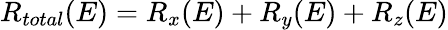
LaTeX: R_{total}(E)=R_{x}(E)+R_{y}(E)+R_{z}(E)